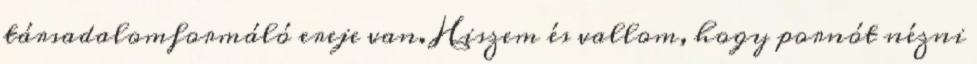
társadalomformáló ereje van. Hiszem és vallom, hogy pornót nézni